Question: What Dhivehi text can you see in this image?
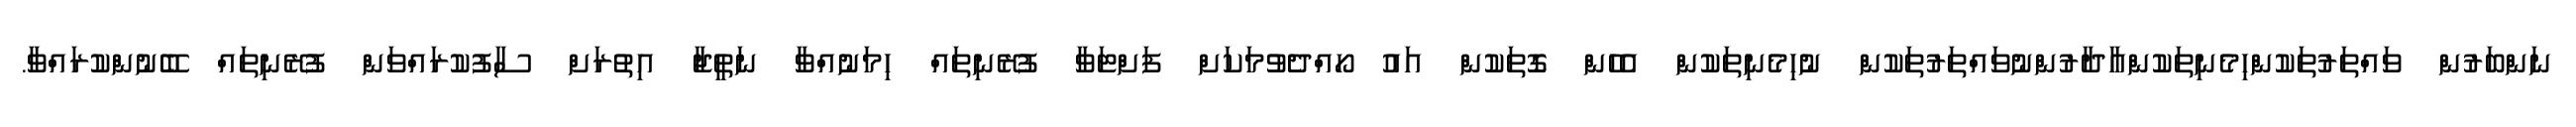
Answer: ނަންބަރުން ވައްތަރުތަކުންހިމެނިތަކުންއާދާރުންނުވައްތަރުތަކުން ނުހިމެނިތަކުން އެހެން ގޮތަކުން އައު ހޯއްދެވުމަކަށް ފަށްޓަވާ ފުރޭނިތައް ހިމަނުއްވާ ނަތީޖާ އިތުރަށް ސާފުކުރައްވަން ފުރޭނިތައް ބޭނުންކުރައްވާ.